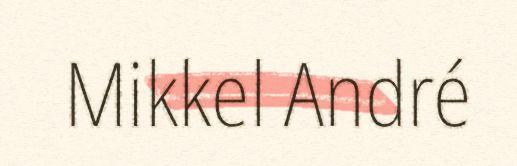
Mikkel André